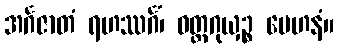
အင်္ဂဇာတံ ရဟဿင်္ဂံ၊ ဝတ္ထဂုယှဉ္စ မေဟနံ။